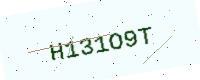
Text: H131O9T